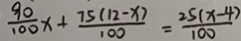
\frac { 9 0 } { 1 0 0 } x + \frac { 7 5 ( 1 2 - x ) } { 1 0 0 } = \frac { 2 5 ( x - 4 ) } { 1 0 0 }